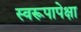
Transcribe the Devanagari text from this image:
स्वरूपापेक्षा